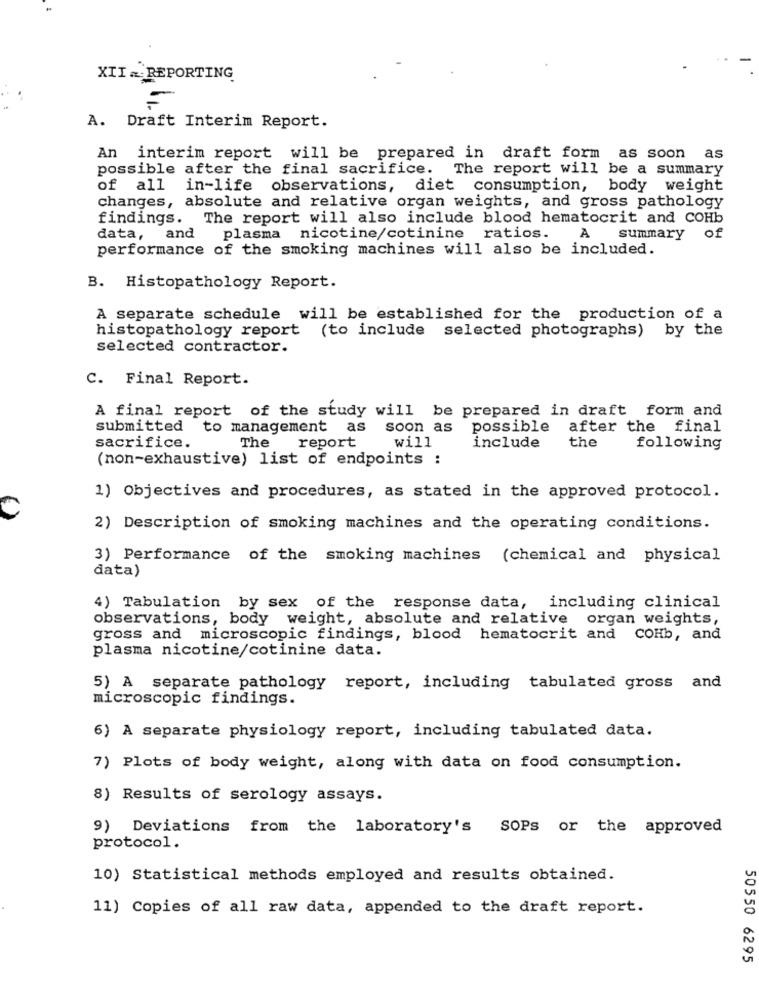
XII. REPORTING
=
A. Draft Interim Report.
An interim report will be prepared in draft form as soon
as
possible after the final sacrifice. The report will be a summary
of all in-life observations, diet consumption, body weight
changes, absolute and relative organ weights, and gross pathology
findings. The report will also include blood hematocrit and COHb
data, and
plasma nicotine/cotinine ratios.
A
summary of
performance of the smoking machines will also be included.
B. Histopathology Report.
A separate schedule will be established for the production of a
histopathology report (to include selected photographs) by the
selected contractor.
C. Final Report.
A final report of the study will be prepared in draft form and
submitted to management as
soon as possible after the final
sacrifice.
The
report
will
the
include
following
(non-exhaustive) list of endpoints :
1) Objectives and procedures, as stated in the approved protocol.
2) Description of smoking machines and the operating conditions.
3) Performance of the smoking machines
(chemical and physical
data)
4) Tabulation by sex of the response data, including clinical
observations, body weight, absolute and relative organ weights,
gross and microscopic findings, blood hematocrit and
COHb, and
plasma nicotine/cotinine data.
5) A separate pathology report, including tabulated gross and
microscopic findings.
6) A separate physiology report, including tabulated data.
7) Plots of body weight, along with data on food consumption.
8) Results of serology assays.
9) Deviations from the laboratory's
SOPs or the approved
protocol.
10) Statistical methods employed and results obtained.
11) Copies of all raw data, appended to the draft report.
50550 6295